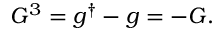
G ^ { 3 } = g ^ { \dagger } - g = - G .